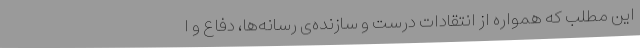
این مطلب که همواره از انتقادات درست و سازنده‌ی رسانه‌ها، دفاع و ا